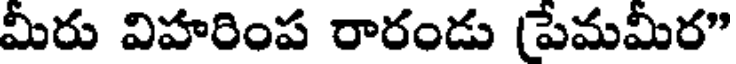
మీరు విహరింప రారండు (పేమమీర"